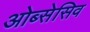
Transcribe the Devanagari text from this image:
ओब्सेसिव